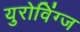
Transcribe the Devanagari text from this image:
युरोविंग्ज